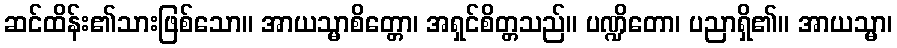
ဆင်ထိန်း၏သားဖြစ်သော။ အာယသ္မာစိတ္တော၊ အရှင်စိတ္တသည်။ ပဏ္ဍိတော၊ ပညာရှိ၏။ အာယသ္မာ၊